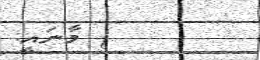
} މާނައީ: